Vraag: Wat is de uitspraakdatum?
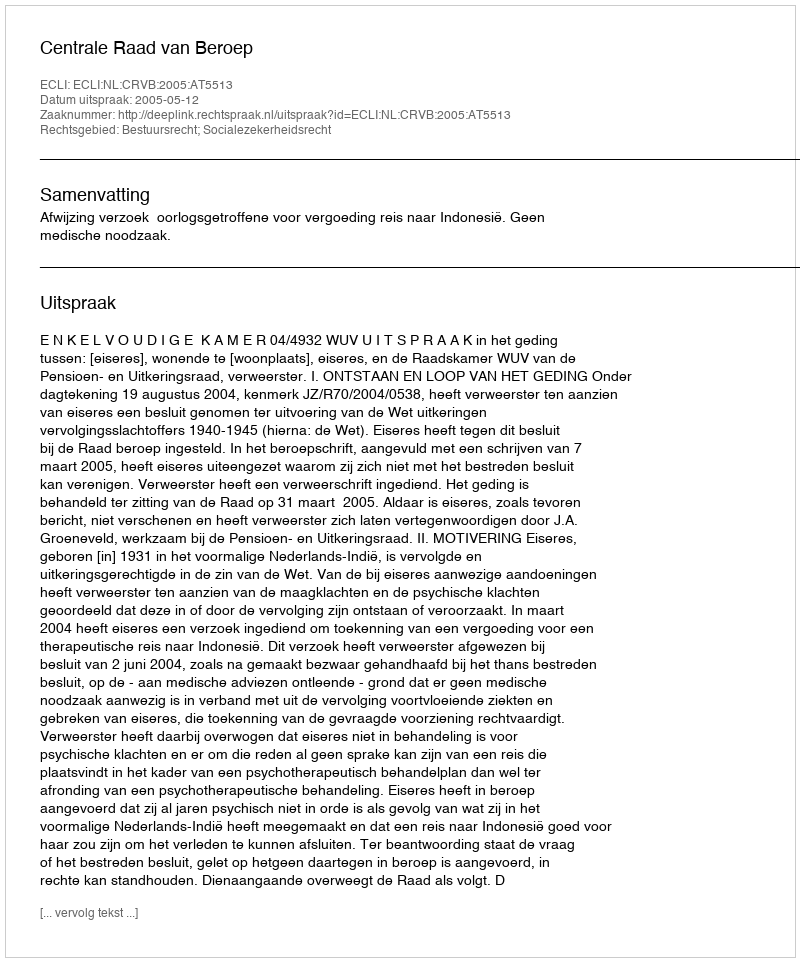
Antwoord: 2005-05-12